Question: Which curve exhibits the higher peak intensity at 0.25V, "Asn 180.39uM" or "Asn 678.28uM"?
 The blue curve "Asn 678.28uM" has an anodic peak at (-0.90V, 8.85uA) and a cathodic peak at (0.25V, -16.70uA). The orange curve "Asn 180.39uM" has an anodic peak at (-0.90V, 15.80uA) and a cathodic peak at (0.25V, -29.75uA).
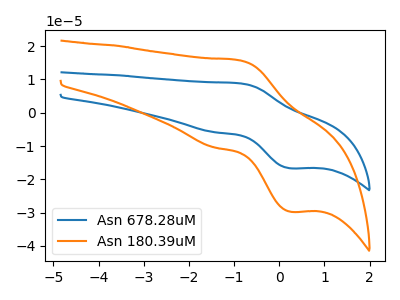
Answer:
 <answer>The peak at 0.25V is higher in "Asn 180.39uM" than in "Asn 678.28uM".</answer>
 <eval>higher</eval>